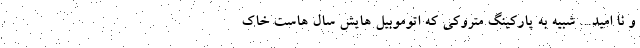
و نا امید... شبیه به پارکینگِ متروکی که اتوموبیل هایش سال هاست خاک